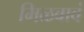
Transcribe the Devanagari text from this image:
मिळवावं